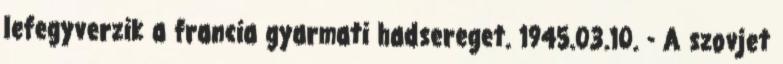
lefegyverzik a francia gyarmati hadsereget. 1945.03.10. - A szovjet